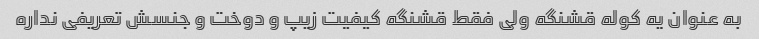
به عنوان یه کوله قشنگه ولی فقط قشنگه کیفیت زیپ و دوخت و جنسش تعریفی نداره